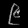
Digit: ၉